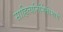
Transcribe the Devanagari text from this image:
साहित्यनिर्मितीमागे